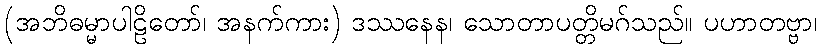
(အဘိဓမ္မာပါဠိတော်၊ အနက်ကား) ဒဿနေန၊ သောတာပတ္တိမဂ်သည်။ ပဟာတဗ္ဗာ၊